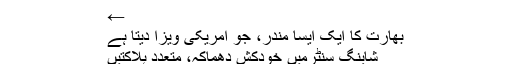
←
بھارت کا ایک ایسا مندر، جو امریکی ویزا دیتا ہے
شاپنگ سنٹرمیں خودکش دھماکہ، متعدد ہلاکتیں